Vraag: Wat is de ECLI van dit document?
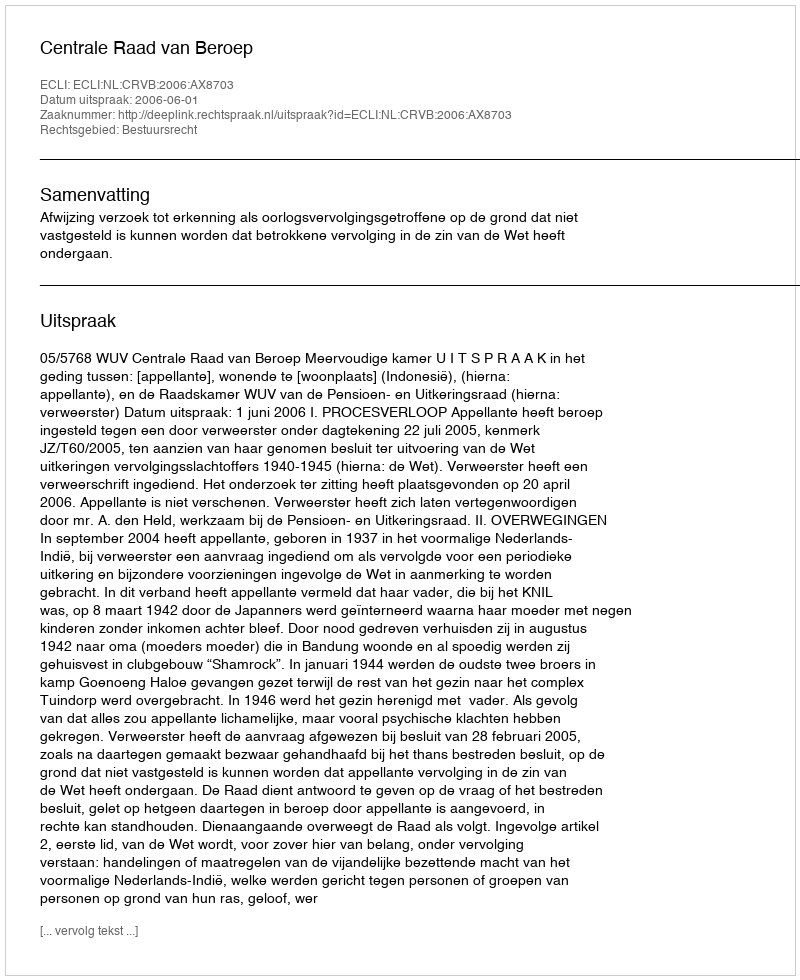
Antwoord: ECLI:NL:CRVB:2006:AX8703